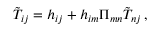
\tilde { T } _ { i j } = h _ { i j } + h _ { i m } \Pi _ { m n } \tilde { T } _ { n j } \, ,